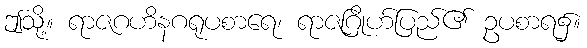
ဤသို့။ ရာဇဂဟိနဂရုပစာရေ၊ ရာဇဂြိုဟ်ပြည်၏ ဥပစာရ၌။